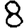
Digit: 8